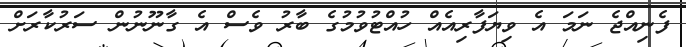
ފެނިއްޖެ ނަމަ އެ ވިޔަފާރިއެއް ހުއްޓުވުމުގެ ބާރު ވެސް އެ ގާނޫނުން ސަރުކާރަށް